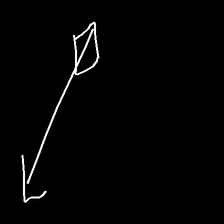
Glyph: focus